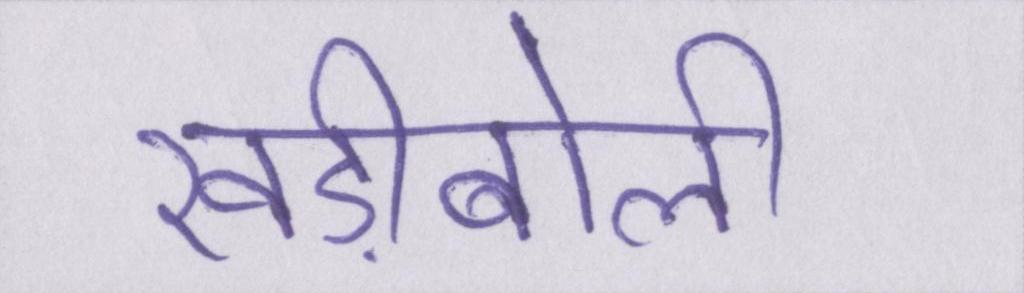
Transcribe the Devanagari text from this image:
खड़ीबोली